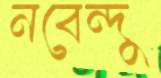
নবেন্দু